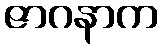
ဇာဂနာက